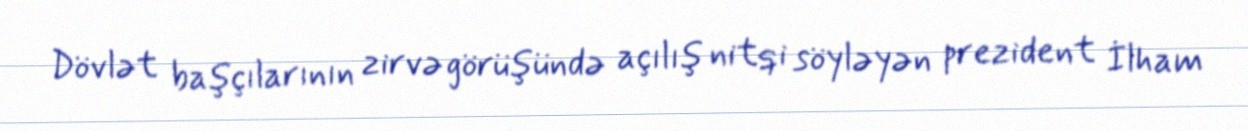
Dövlət başçılarının zirvə görüşündə açılış nitqi söyləyən prezident İlham